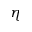
\eta